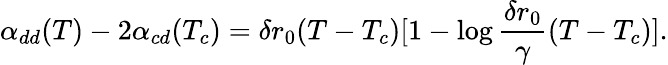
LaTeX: \alpha_{dd}(T)-2\alpha_{cd}(T_{c})=\delta r_{0}(T-T_{c})[1-\log\frac{\delta r_{0}}{\gamma}(T-T_{c})].